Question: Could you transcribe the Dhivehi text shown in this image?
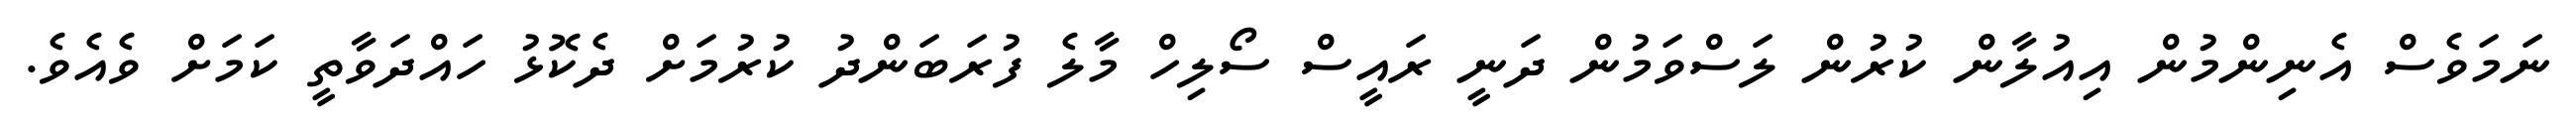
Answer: ނަމަވެސް އެނިންމުން އިއުލާން ކުރުން ލަސްވަމުން ދަނީ ރައީސް ސޯލިހް މާލެ ފުރަބަންދު ކުރުމަށް ދެކޮޅު ހައްދަވާތީ ކަމަށް ވެއެވެ.